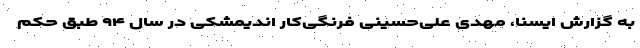
به گزارش ایسنا، مهدی علی‌حسینی فرنگی‌کار اندیمشکی در سال ۹۴ طبق حکم